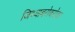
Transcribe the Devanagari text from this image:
जिच्याबरोबरोबर